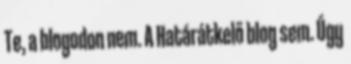
Te, a blogodon nem. A Határátkelő blog sem. Úgy